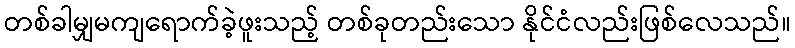
တစ်ခါမျှမကျရောက်ခဲ့ဖူးသည့် တစ်ခုတည်းသော နိုင်ငံလည်းဖြစ်လေသည်။